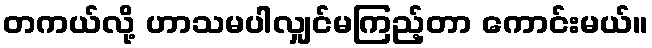
တကယ်လို့ ဟာသမပါလျှင်မကြည့်တာ ကောင်းမယ်။